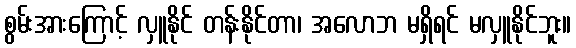
စွမ်းအားကြောင့် လှူနိုင် တန်းနိုင်တာ၊ အလောဘ မရှိရင် မလှူနိုင်ဘူး။